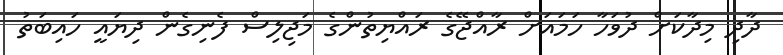
ދާދި މިދާކަށް ދުވަހާ ހަމައަށް ރާއްޖޭގެ ރައްޔިތުންގެ މަޖިލިސް ފެނިގެން ދިޔައީ ހައިބަތު